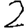
Digit: 2